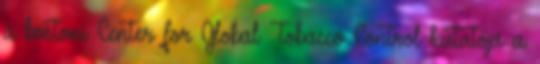
a bostoni Center for Global Tobacco Control kutatója a